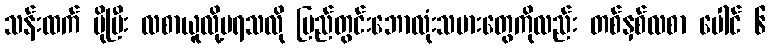
သန်းထက် ပိုပြီး လစာယူလို့မရသလို ပြည်တွင်းဘောလုံးသမားတွေကိုလည်း တစ်နှစ်လစာ ပေါင် ၆